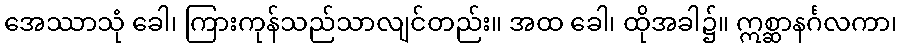
အေဿာသုံ ခေါ၊ ကြားကုန်သည်သာလျင်တည်း။ အထ ခေါ၊ ထိုအခါ၌။ ဣစ္ဆာနင်္ဂလကာ၊